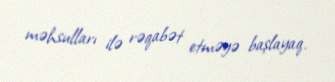
məhsulları ilə rəqabət etməyə başlayaq.